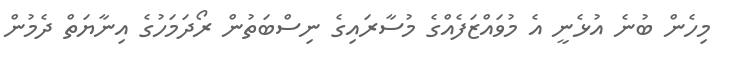
މިހެން ބުނެ އުޅެނީ އެ މުވައްޒަފެއްގެ މުސާރައިގެ ނިސްބަތުން ރޯދަމަހުގެ އިނާޔަތް ދެމުން